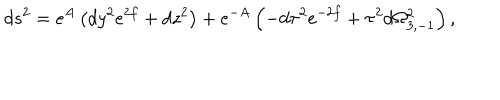
d s ^ { 2 } = e ^ { A } \left( d y ^ { 2 } e ^ { 2 f } + d z ^ { 2 } \right) + e ^ { - A } \left( - d \tau ^ { 2 } e ^ { - 2 f } + \tau ^ { 2 } d \Omega _ { 3 , - 1 } ^ { 2 } \right) ,